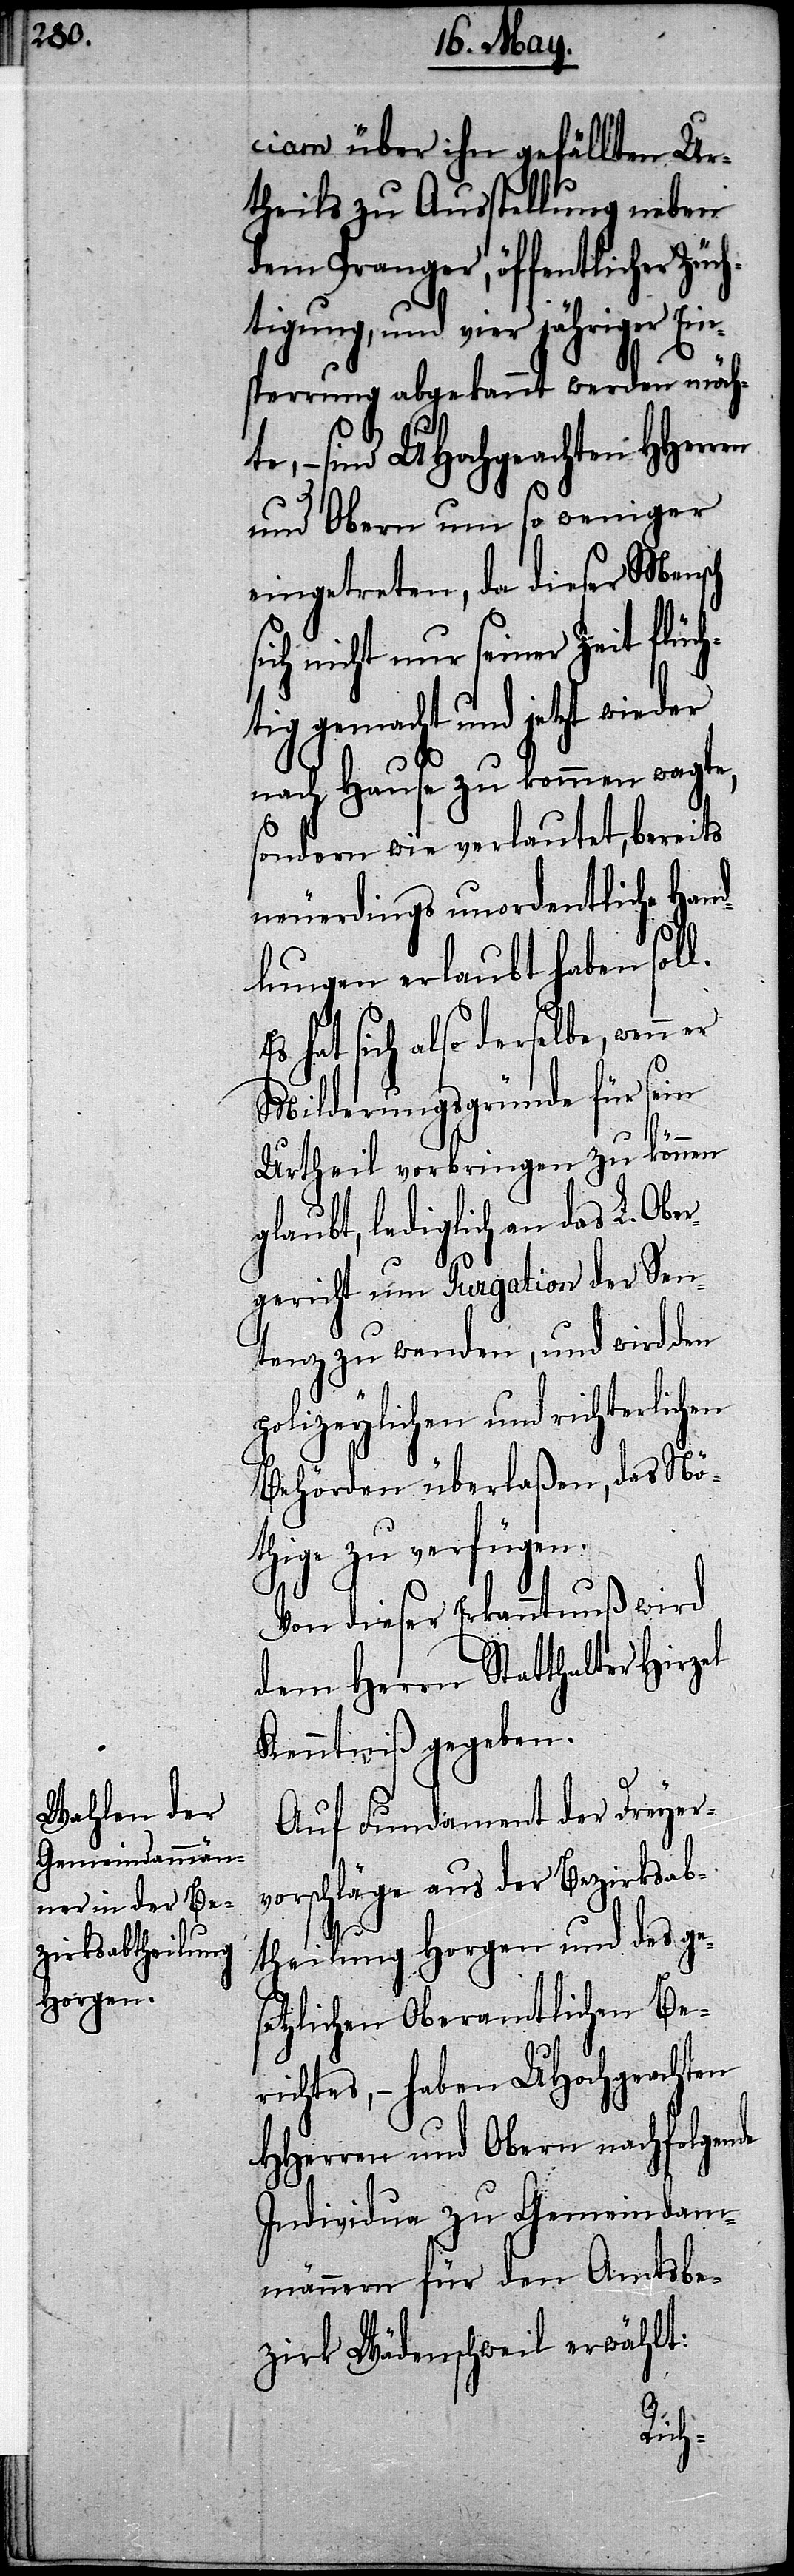
ciam über ihn gefällten Ur¬
theils zu Ausstellung neben
dem Pranger, öffentlicher
tigung, und vier jähriger Ein¬
sperrung abgekannt werden möch¬
– sind UHochgeachten HHerren
und Obern um so weniger
eingetreten, da dieser Mensch
ich nicht nur seiner Zeit flüch¬
tig gemacht und jetzt wieder
nach Hause zu kommen wagte,
sondern wie verlautet, bereits
neuerdings unordentliche Hand¬
lungen erlaubt haben soll.
hat sich also derselbe, wenn
Milderungsgründe für sein
Urtheil vorbringen zu können
glaubt, lediglich an das L. Obe¬
rgericht um Purgation der Sen¬
tenz zu wenden, und wird den
polizeylichen und richterlichen
Behörden überlaßen, das Nö¬
thige zu verfügen.
Von dieser Erkanntnuß wird
dem Herrn Statthalter Hirz¬
Kenntniß gegeben.
Auf Fundament der Dreyer¬
vorschläge aus der Bezirksab¬
el
theilung Horgen und des ges¬
etzlichen Oberamtlichen Be¬
richtes, – haben UHochgeachten
HHerren und Obern nachfolgende
Individua zu Gemeindam¬
männern für den Amtsbe¬
zirk Wädenschweil erwählt:
Züch¬